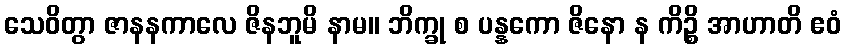
သေဝိတွာ ဇာနနကာလေ ဇိနဘူမိ နာမ။ ဘိက္ခု စ ပန္နကော ဇိနော န ကိဉ္စိ အာဟာတိ ဧဝံ